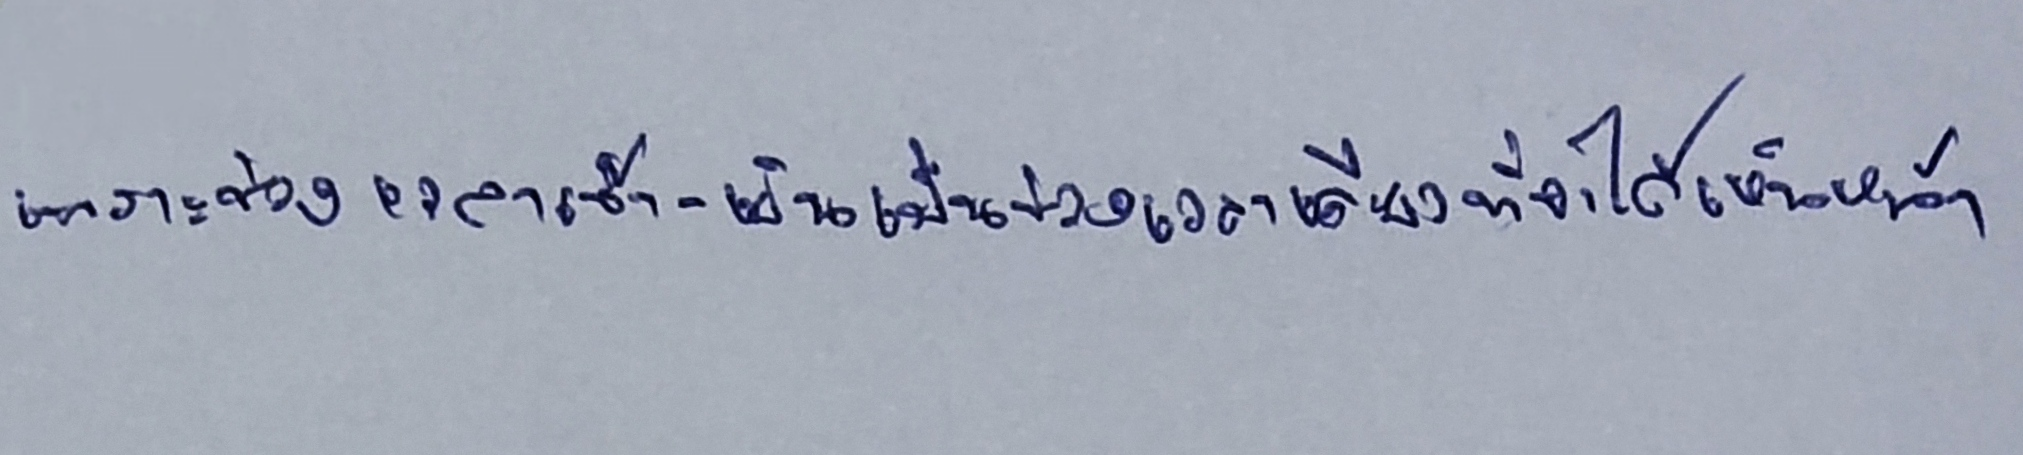
เพราะช่วงเวลาเช้า-เย็นเป็นช่วงเวลาเดียวที่จะได้เห็นหน้า